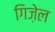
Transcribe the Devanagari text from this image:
गिज़ेल